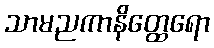
သာမညကာနိတ္ထေရော